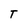
Character: T